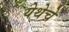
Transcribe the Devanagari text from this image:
येथेचे